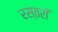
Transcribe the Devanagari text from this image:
रस्तराँ